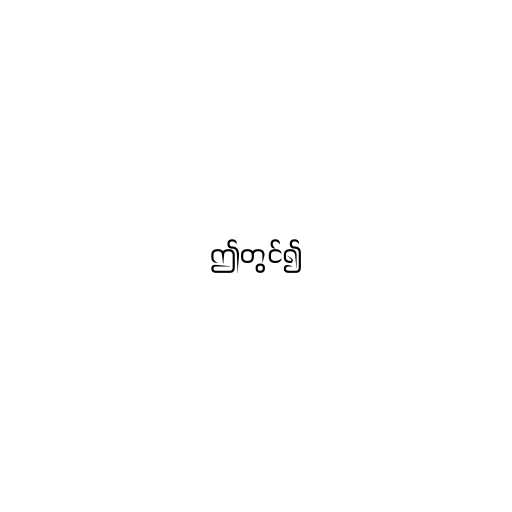
ဤတွင်၍